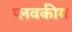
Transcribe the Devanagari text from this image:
प्लवकीय